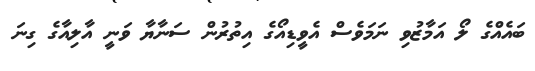
ބައެއްގެ ލޯ އަމާޒުވި ނަމަވެސް އެވީޑިއޯގެ އިތުރުން ސަނާޔާ ވަނީ އާލިއާގެ ގިނަ